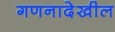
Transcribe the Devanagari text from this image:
गणनादेखील